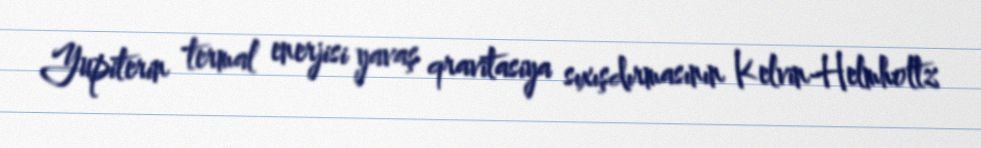
Yupiterin termal enerjisi yavaş qravitasiya sıxışdırmasının Kelvin-Helmholtz